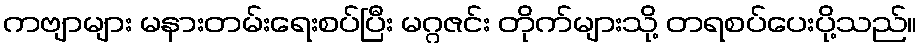
ကဗျာများ မနားတမ်းရေးစပ်ပြီး မဂ္ဂဇင်း တိုက်များသို့ တရစပ်ပေးပို့သည်။